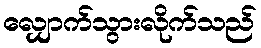
လျှောက်သွားလိုက်သည်